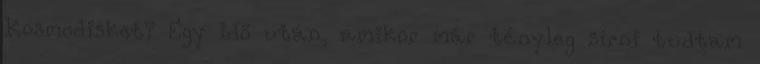
Kosmodisket? Egy idő után, amikor már tényleg sírni tudtam